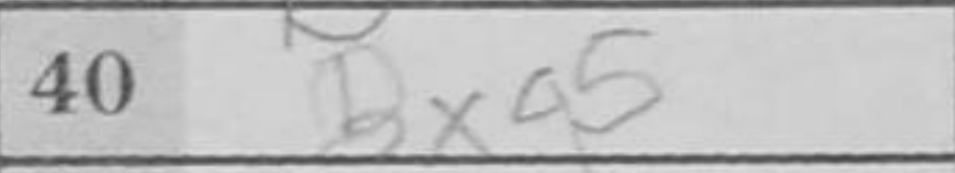
Transcription: Bxa5